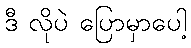
ဒီ လိုပဲ ပြောမှာပေါ့